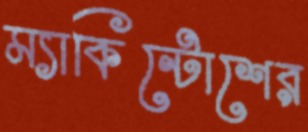
ম্যাকিন্টোশের